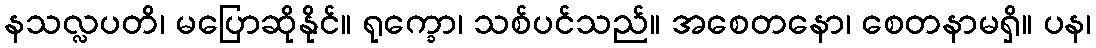
နသလ္လပတိ၊ မပြောဆိုနိုင်။ ရုက္ခော၊ သစ်ပင်သည်။ အစေတနော၊ စေတနာမရှိ။ ပန၊